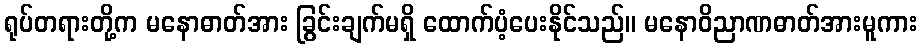
ရုပ်တရားတို့က မနောဓာတ်အား ခြွင်းချက်မရှိ ထောက်ပံ့ပေးနိုင်သည်။ မနောဝိညာဏဓာတ်အားမူကား